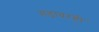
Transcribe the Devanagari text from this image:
गडावरही